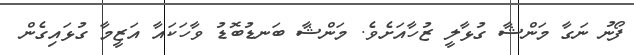
ފޯނު ނަގާ މަންޝާ ގުޅާލީ ޒުހާއަށެވެ. މަންޝާ ބަނޑުބޮޑު ވާހަކައާ އަޒީމާ ގުޅައިގެން